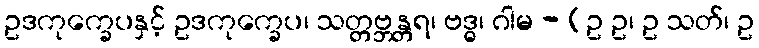
ဥဒကုက္ခေပနှင့် ဥဒကုက္ခေပ၊ သတ္တဗ္ဘန္တရ၊ ဗဒ္ဓ၊ ဂါမ - (ဥ ဥ၊ ဥ သတ်၊ ဥ